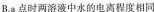
B.a点时两溶液中水的电离程度相同